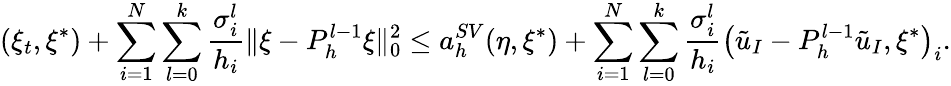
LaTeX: (\xi_{t},\xi^{*})+\sum_{i=1}^{N}\sum_{l=0}^{k}\frac{\sigma_{i}^{l}}{h_{i}}\Vert\xi-P_{h}^{l-1}\xi\Vert_{0}^{2}\le a_{h}^{SV}(\eta,\xi^{*})+\sum_{i=1}^{N}\sum_{l=0}^{k}\frac{\sigma_{i}^{l}}{h_{i}}\left(\tilde{u}_{I}-P_{h}^{l-1}\tilde{u}_{I},\xi^{*}\right)_{i}.